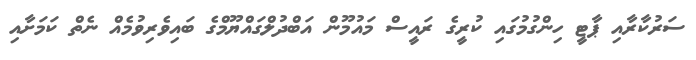
ސަރުކާރާއި ޕާޓީ ހިންގުމުގައި ކުރީގެ ރައީސް މައުމޫން އަބްދުލްގައްޔޫމްގެ ބައިވެރިވުމެއް ނެތް ކަމަށާއި